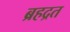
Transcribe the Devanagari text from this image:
ब्रहद्रत